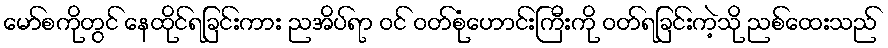
မော်စကိုတွင် နေထိုင်ရခြင်းကား ညအိပ်ရာ ဝင် ဝတ်စုံဟောင်းကြီးကို ဝတ်ရခြင်းကဲ့သို ညစ်ထေးသည်